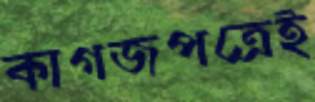
কাগজপত্রেই